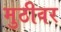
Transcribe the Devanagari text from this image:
मुठीवर